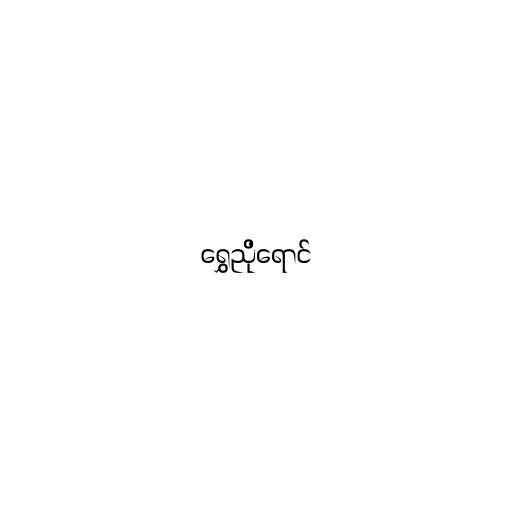
ရွှေညိုရောင်